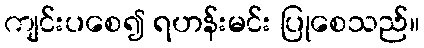
ကျင်းပစေ၍ ရဟန်းမင်း ပြုစေသည်။